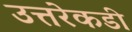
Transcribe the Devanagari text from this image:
उत्तरेकडी